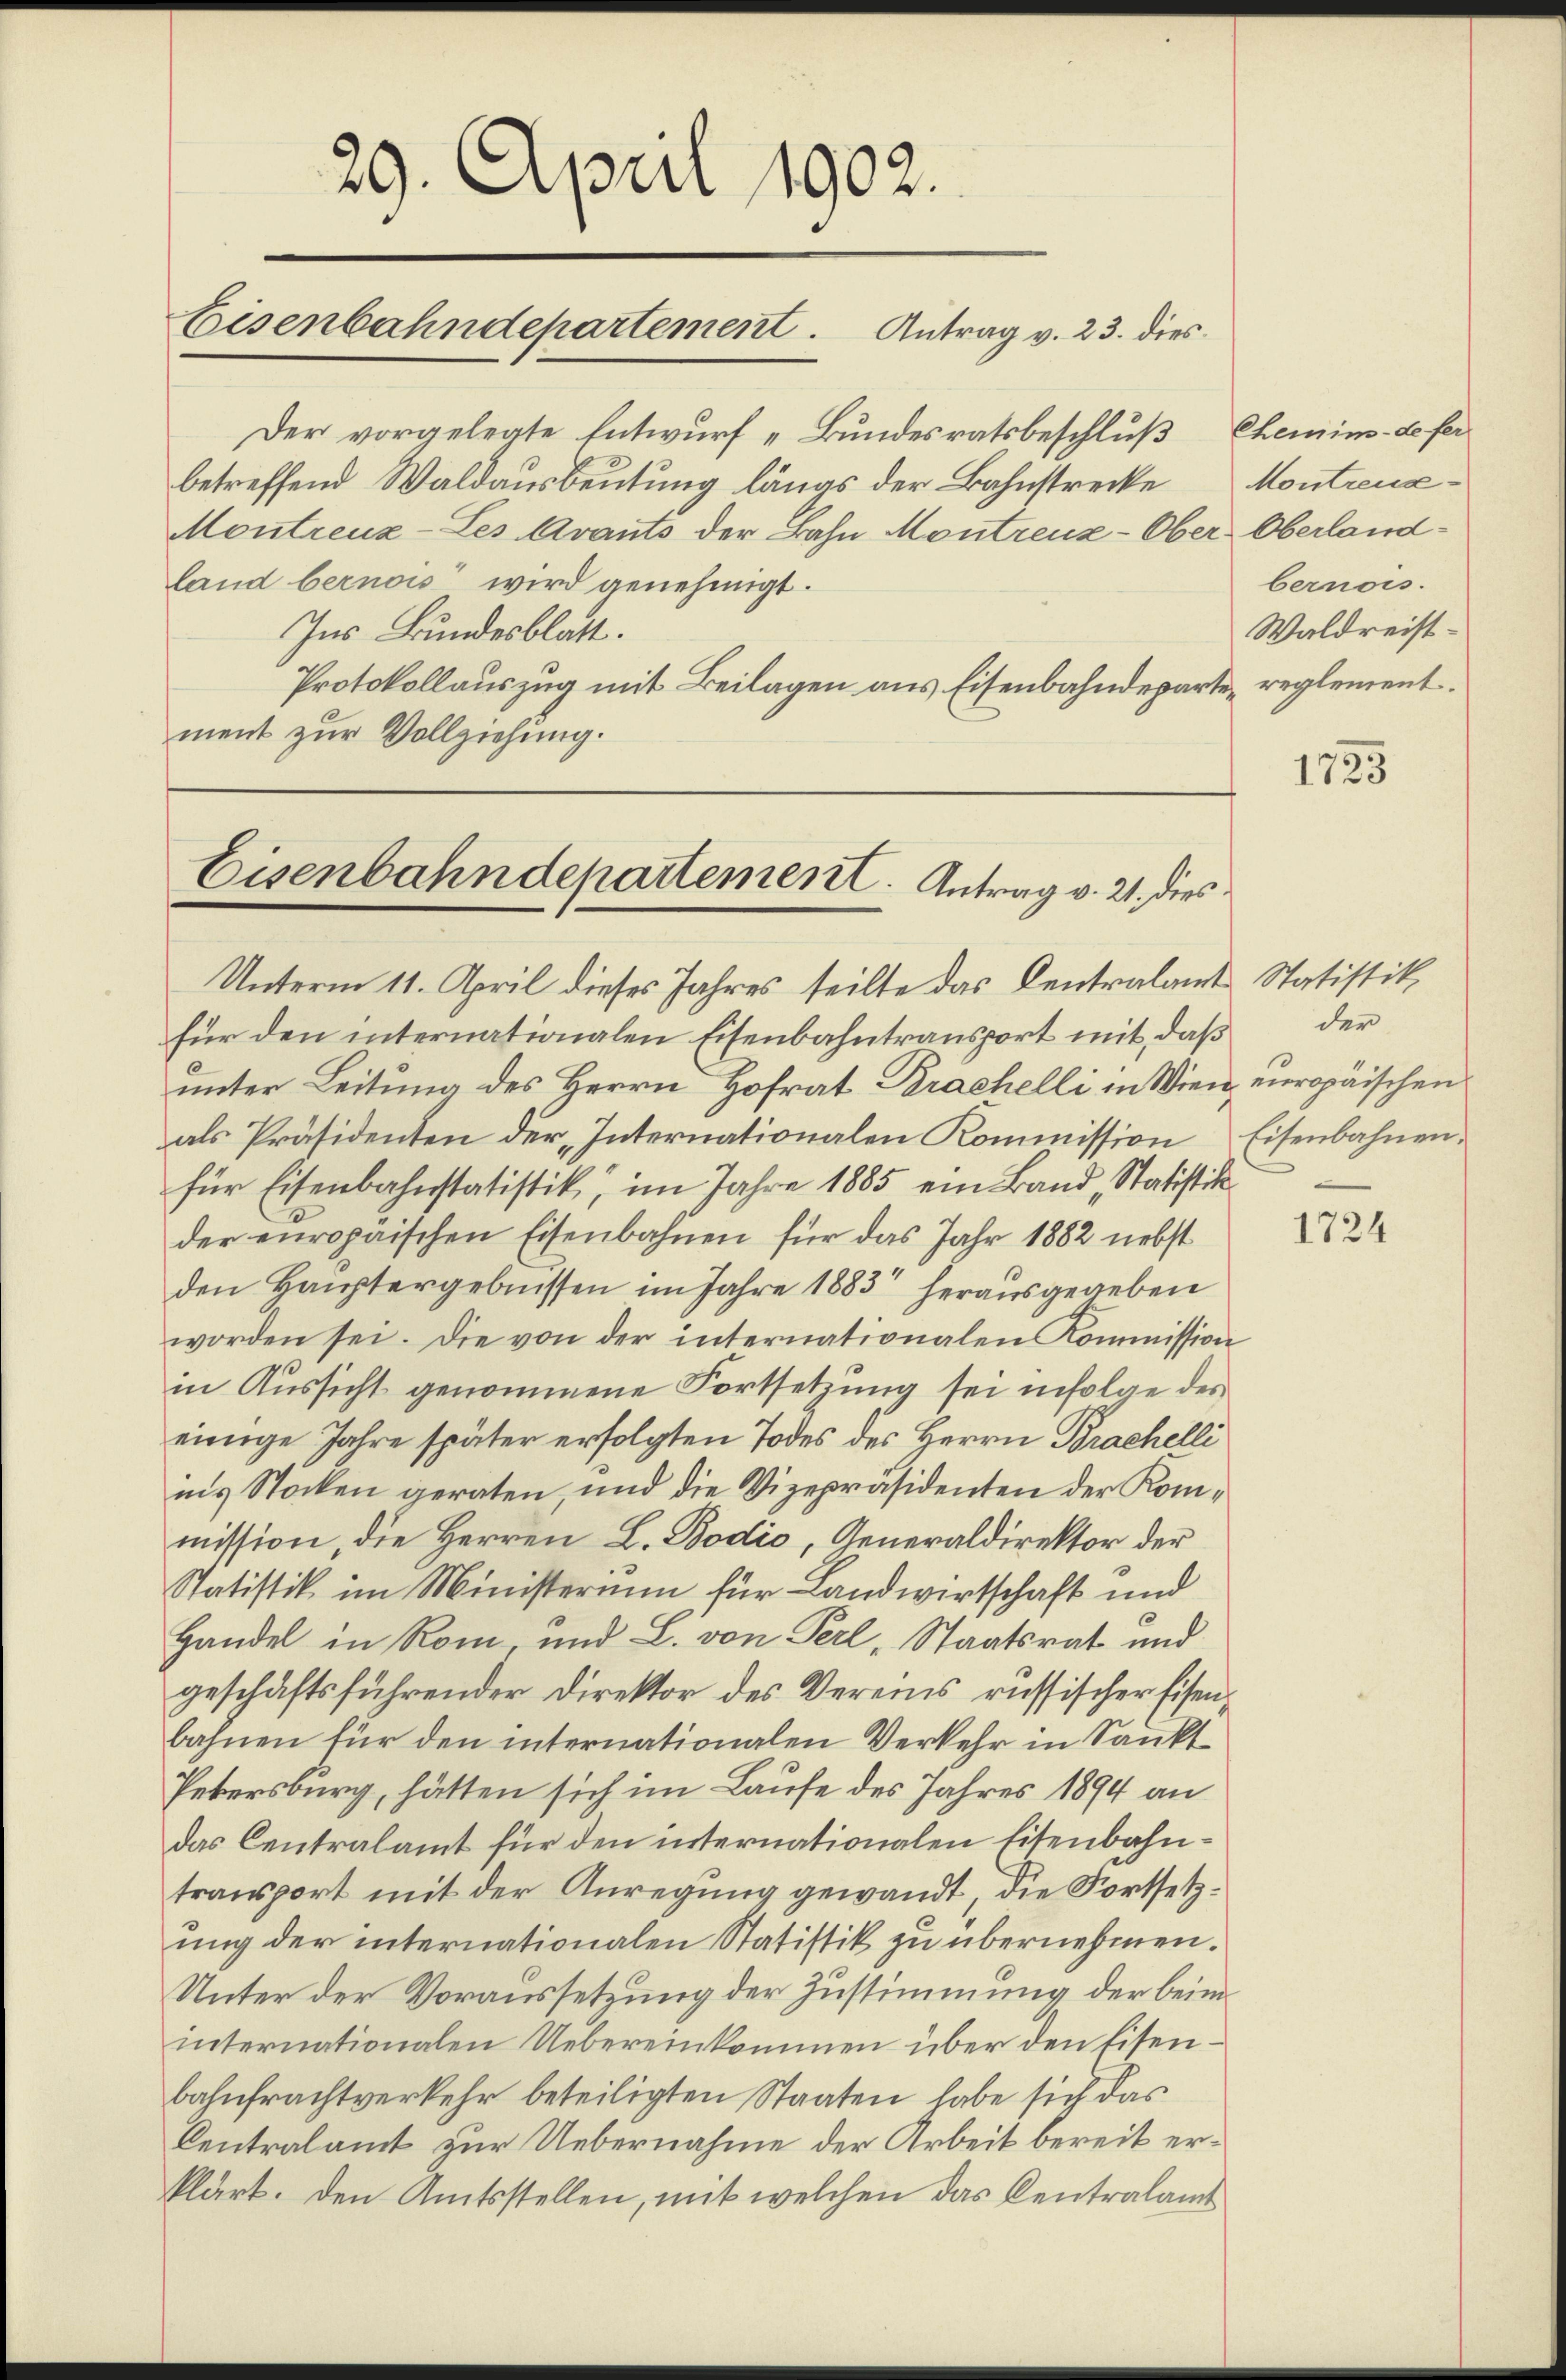
29. April 1902.
Eisenbahndepartement. Antrag v. 23. dies

Der vorgelegte Entwurf „Bundesratsbeschluß Chemins-Lo fer
betreffend Waldausbeutung längs der Bahnstrecke
Montreuz-Les Avants der Bahn Montreuz-Ober Oberlandland bernois wird genehmigt.
Ins Bundesblatt.
Protokollauszug mit Beilagen aus Eisenbahndeparte reglement.
ment zur Vollziehung.

Montreuxbernois.
Waldreist¬

Eisenbahndepartement. Antrag v. 21. dies

Unterm 11. April dieses Jahres teilte das Centralamt Statistik.
für den internationalen Eisenbahntransport mit, daß
unter Leitung des Herrn Hofrat Brachelli in Wien europäischen
als Präsidenten der „Internationalen Kommission
für Eisenbahnstatistik im Jahre 1885 ein Band, Statistik
der europäischen Eisenbahnen für das Jahr 1882 nebst
den Hauptergebnissen im Jahre 1883 herausgegeben
worden sei. Die von der internationalen Kommission
in Aussicht genommene Fortsetzung sei infolge des
einige Jahre später erfolgten Todes des Herrn Brachelli
ins Stocken geraten, und die Vizepräsidenten der Kommission, die Herren L. Bodio, Generaldirektor der
Statistik im Ministerium für Landwirtschaft und
Handel in Rom und L. von Perl, Staatsrat und
geschäftsführender Direktor des Vereins russischer Eisenbahnen für den internationalen Verkehr in Sankt
Petersburg, hätten sich im Laufe des Jahres 1894 an
das Centralamt für den internationalen Eisenbahntransport mit der Anregung gewandt, die Fortsetzung der internationalen Statistik zu übernehmen.
Unter der Voraussetzung der Zustimmung der beim
internationalen Uebereinkommen über den Eisenbahnfrachtverkehr beteiligten Staaten habe sich das
Centralamt zur Uebernahme der Arbeit bereit erklärt. Den Amtsstellen, mit welchen das Centralamt

1723

der
Eisenbahnen.

1724